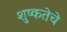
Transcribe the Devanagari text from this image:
शुष्कतेचे